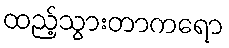
ထည့်သွားတာကရော